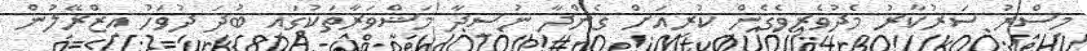
މިސްރު ސަރުކާރު މެދުވެރިވެގެން ކުރިއަށް ގެންދާ ނުސީދާ މަޝްވަރާތަކުގައި ބުދަ ދުވަހު އިޒްރޭލުން